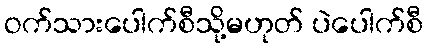
ဝက်သားပေါက်စီသို့မဟုတ် ပဲပေါက်စီ